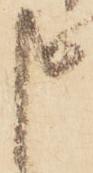
申